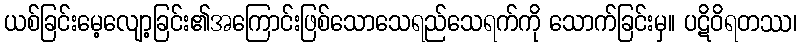
ယစ်ခြင်းမေ့လျော့ခြင်း၏အကြောင်းဖြစ်သောသေရည်သေရက်ကို သောက်ခြင်းမှ။ ပဋိဝိရတဿ၊